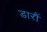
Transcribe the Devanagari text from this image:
डारौं